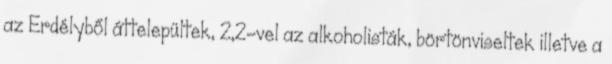
az Erdélyből áttelepültek, 2,2-vel az alkoholisták, börtönviseltek illetve a